Vaccination North-Western Provinces 1866-1877 - 1866-1877
Year: 1866
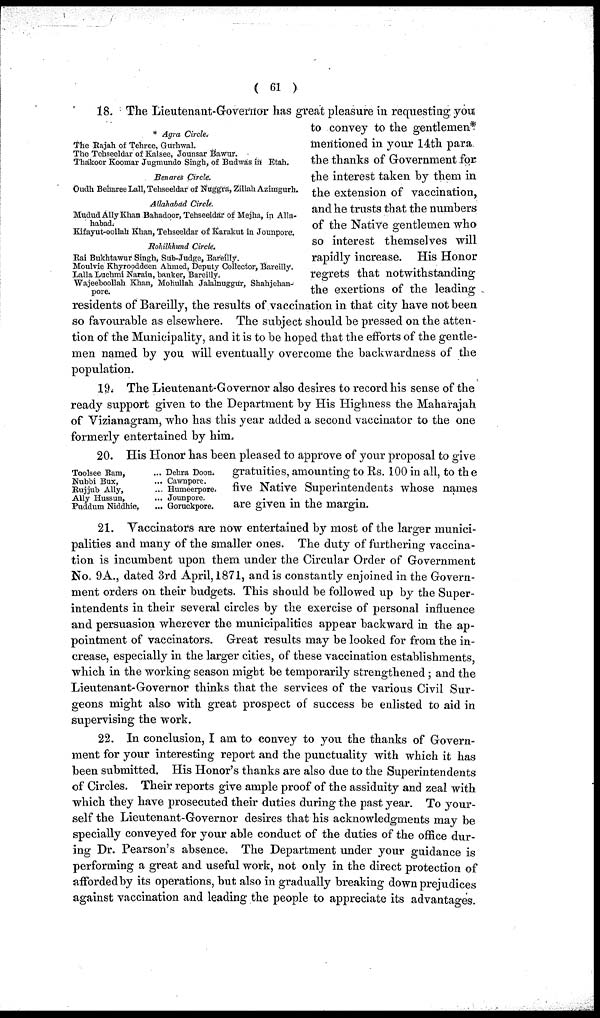
( 61 )
* Agra Circle.
The Rajah of Tehree, Gurhwal.
The Tehseeldar of Kalsee, Jounsar Bawur.
Thakoor Koomar Jugmundo Singh, of Budwas in Etah.
Benares Circle.
Oudh Behare Lall, Tehseeldar of Nuggra, Zillah Azimgurh.
Allahabad Circle.
Mudud Ally Khan Bahadoor, Tehseeldar of Mejha, in Alla-
habad.
Kifayut-oollah Khan, Tehseeldar of Karakut in Jounpore.
Rohilkhund Circle.
Rai Bukhtawur Singh, Sub-Judge, Bareilly.
Moulvie Khyrooddeen Ahmed, Deputy Collector, Bareilly.
Lalla Luchmi Narain, banker, Bareilly.
Wajeeboollah Khan, Mohullah Jalalnuggur, Shahjehan-
pore.
18. The Lieutenant-Governor has great pleasure in requesting you
to convey to the gentlemen*
mentioned in your 14th para
the thanks of Government for
the interest taken by them in
the extension of vaccination,
and he trusts that the numbers
of the Native gentlemen who
so interest themselves will
rapidly increase. His Honor
regrets that notwithstanding
the exertions of the leading
residents of Bareilly, the results of vaccination in that city have not been
so favourable as elsewhere. The subject should be pressed on the atten-
tion of the Municipality, and it is to be hoped that the efforts of the gentle-
men named by you will eventually overcome the backwardness of the
population.
19. The Lieutenant-Governor also desires to record his sense of the
ready support given to the Department by His Highness the Maharajah
of Vizianagram, who has this year added a second vaccinator to the one
formerly entertained by him.
Toolsee Bam, ...
Nubbi Bux, ...
Rujjub Ally, ...
Ally Hussun, ...
Puddum Niddhie, ...
Dehra Doon.
Cawnpore.
Humeerpore.
Jounpore.
Goruckpore.
20. His Honor has been pleased to approve of your proposal to give
gratuities, amounting to Rs. 100 in all, to the
five Native Superintendents whose names
are given in the margin.
21. Vaccinators are now entertained by most of the larger munici-
palities and many of the smaller ones. The duty of furthering vaccina-
tion is incumbent upon them under the Circular Order of Government
No. 9A., dated 3rd April, 1871, and is constantly enjoined in the Govern-
ment orders on their budgets. This should be followed up by the Super-
intendents in their several circles by the exercise of personal influence
and persuasion wherever the municipalities appear backward in the ap-
pointment of vaccinators. Great results may be looked for from the in-
crease, especially in the larger cities, of these vaccination establishments,
which in the working season might be temporarily strengthened ; and the
Lieutenant-Governor thinks that the services of the various Civil Sur-
geons might also with great prospect of success be enlisted to aid in
supervising the work.
22. In conclusion, I am to convey to you the thanks of Govern-
ment for your interesting report and the punctuality with which it has
been submitted. His Honor's thanks are also due to the Superintendents
of Circles. Their reports give ample proof of the assiduity and zeal with
which they have prosecuted their duties during the past year. To your-
self the Lieutenant-Governor desires that his acknowledgments may be
specially conveyed for your able conduct of the duties of the office dur-
ing Dr. Pearson's absence. The Department under your guidance is
performing a great and useful work, not only in the direct protection of
affordedby its operations, but also in gradually breaking down prejudices
against vaccination and leading the people to appreciate its advantages.